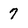
Character: 7